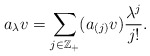
\begin{align*} a_\lambda v=\sum_{j\in\mathbb{Z_{+}}}(a_{(j)}v)\frac{\lambda^{j}}{j!}.\end{align*}